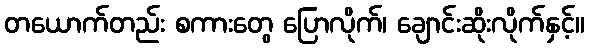
တယောက်တည်း စကားတွေ ပြောလိုက်၊ ချောင်းဆိုးလိုက်နှင့်။